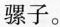
骡子。